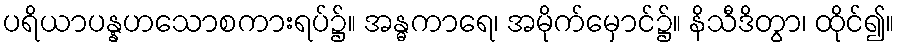
ပရိယာပန္နဟသောစကားရပ်၌။ အန္ဓကာရေ၊ အမိုက်မှောင်၌။ နိသီဒိတွာ၊ ထိုင်၍။